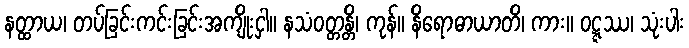
နတ္ထာယ၊ တပ်ခြင်းကင်းခြင်းအကျိုးငှါ။ နသံဝတ္တန္တိ၊ ကုန်။ နိရောဓာယာတိ၊ ကား။ ဝဋ္ဋဿ၊ သုံးပါး